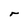
Character: r